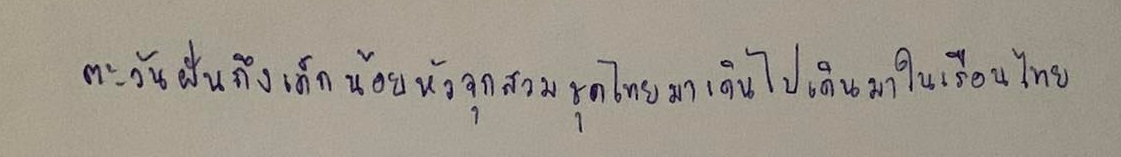
ตะวันฝันถึงเด็กน้อยหัวจุกสวมชุดไทยมาเดินไปเดินมาในเรือนไทย